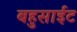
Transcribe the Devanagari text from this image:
बहुसाईट